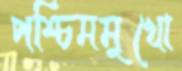
পশ্চিমমুখো